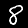
Label: 8